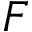
F